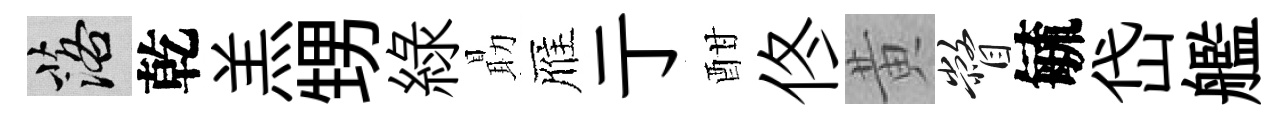
落乾羔甥緑朂雁亍酣佟黄瞥毓岱艦